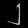
Digit: ၂